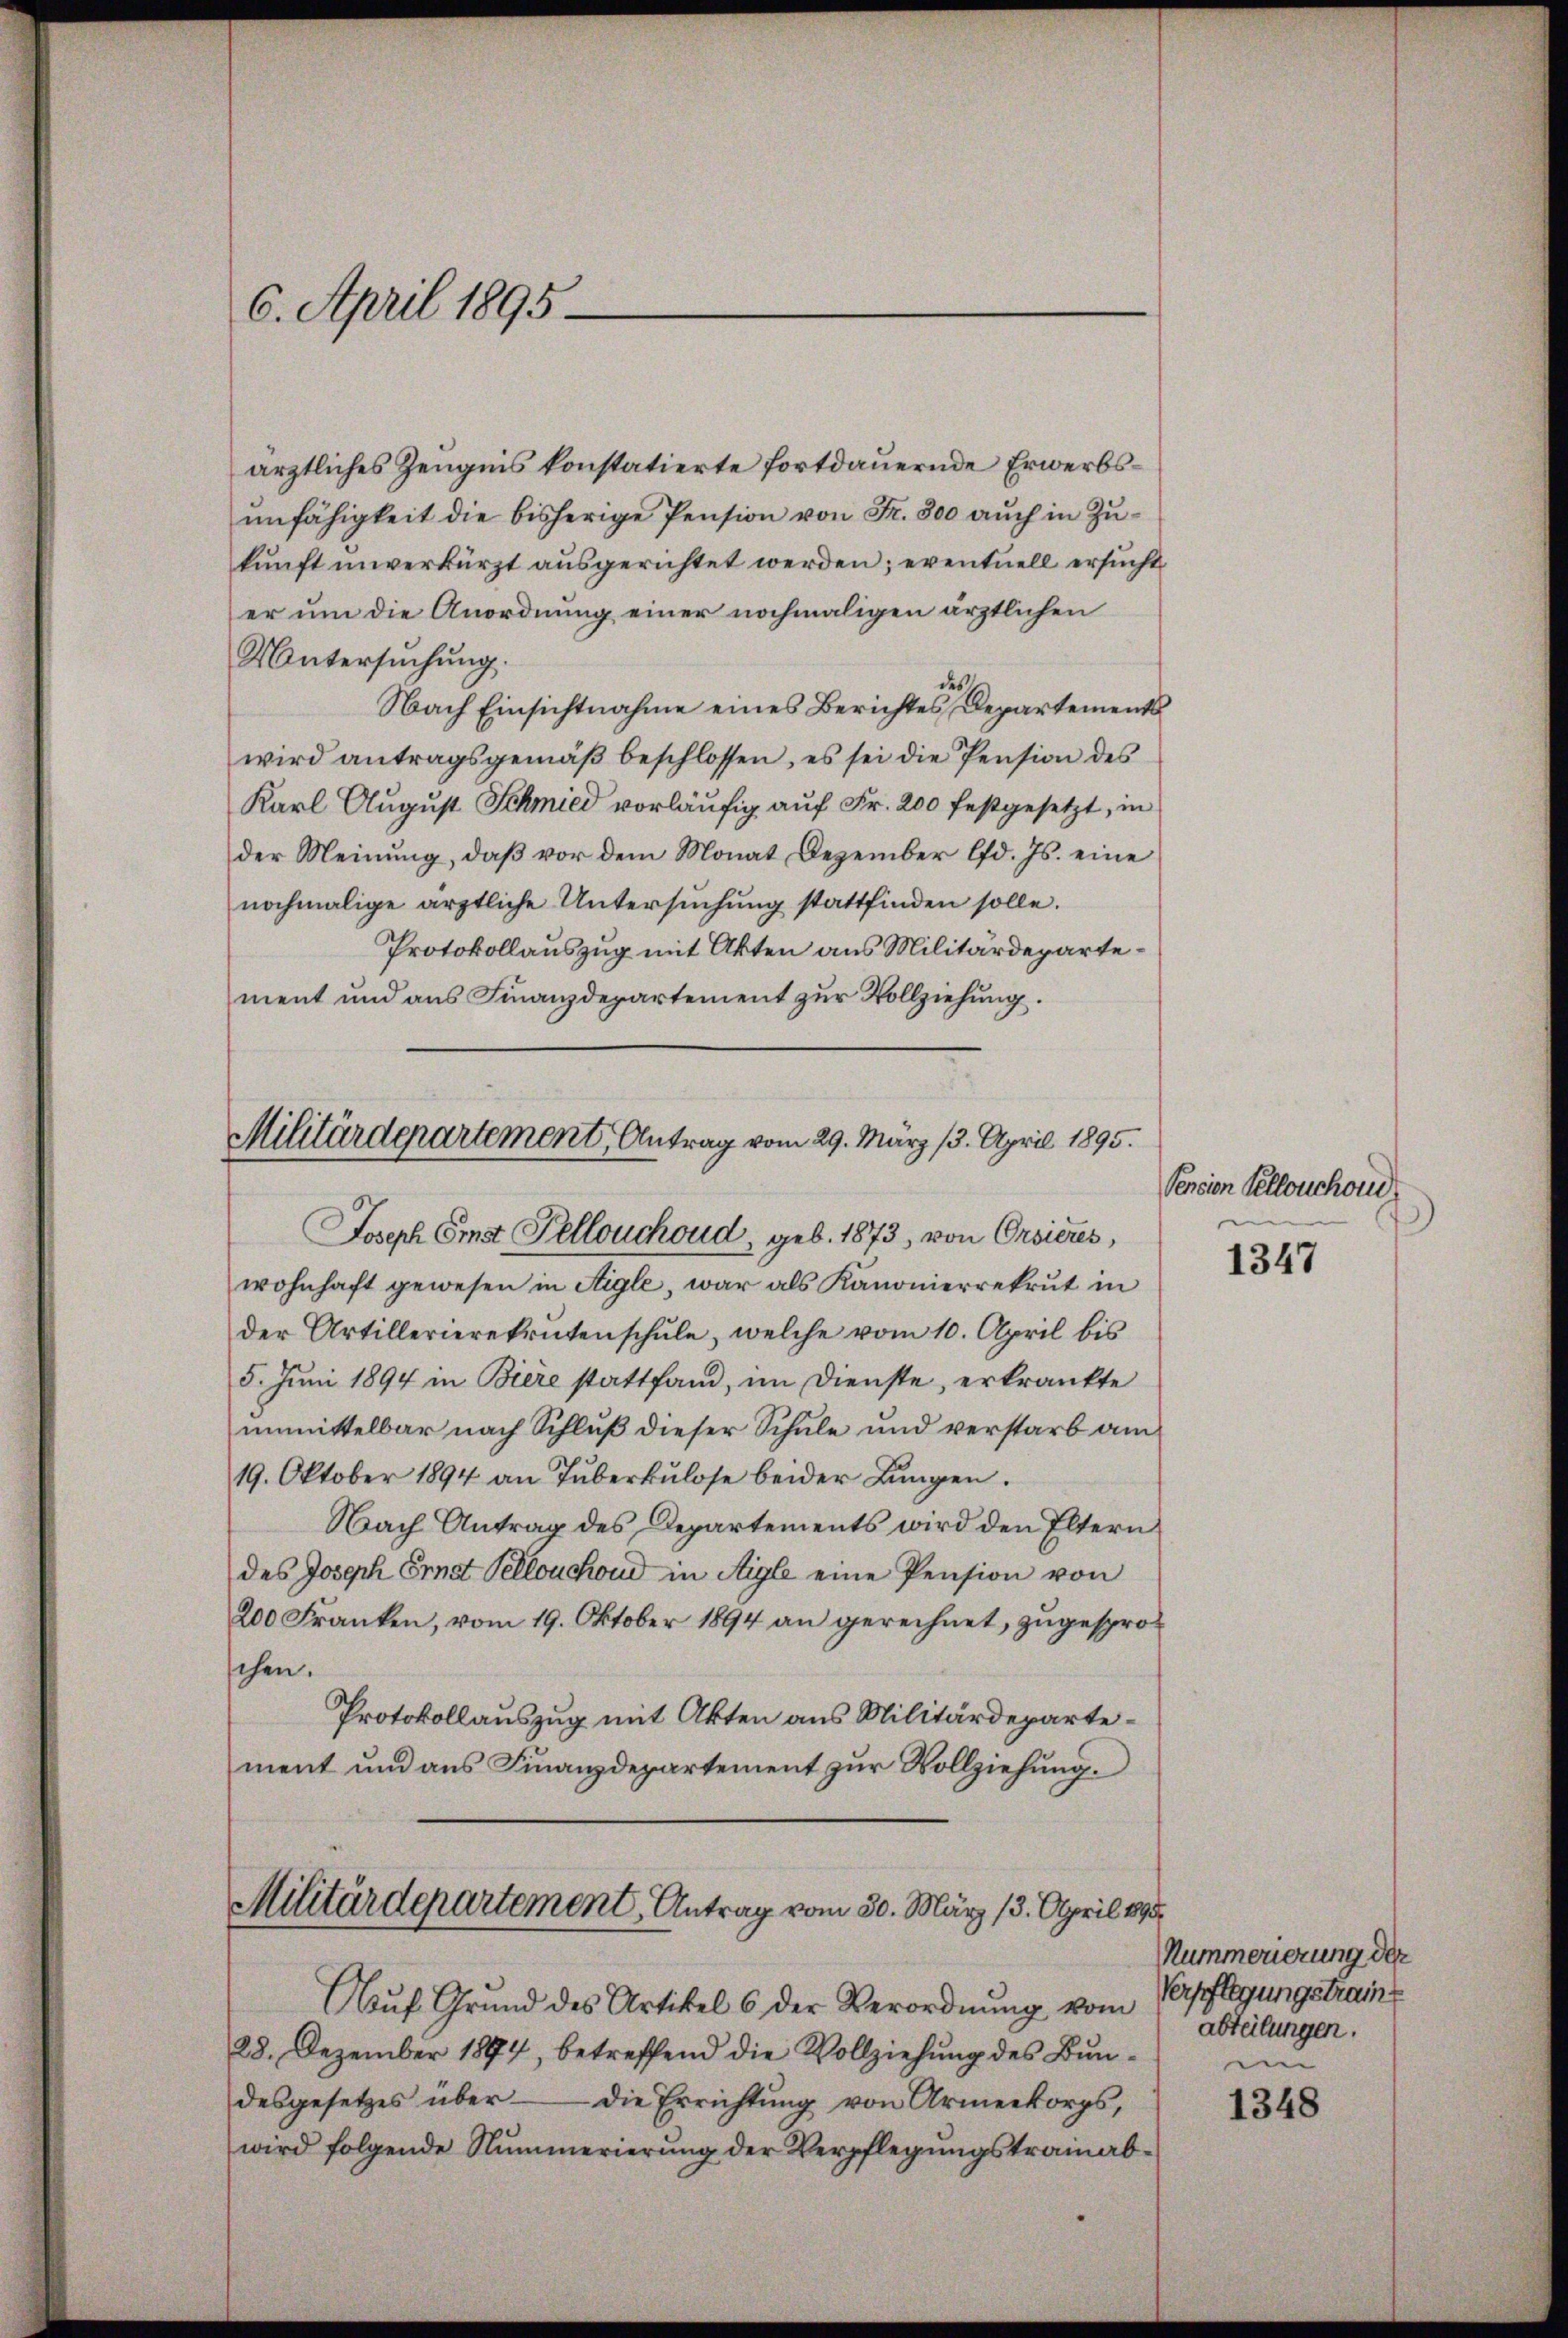
6. April 1895.

ärztliches Zeugnis konstatierte fortdauernde Erwerbsunfähigkeit die bisherige Pension von Fr. 300 auch in Zukunft unverkürzt ausgerichtet werden; eventuell ersucht
er um die Anordnung einer nochmaligen ärztlichen
Untersuchung.
es
Nach Einsichtnahme eines Berichtes Departements
wird antragsgemäβ beschlossen, es sei die Pension des
Karl August Schmied vorläŭfig auf Fr. 200 festgesetzt, in
der Meinung, daß vor dem Monat Dezember lfd. Js. eine
nochmalige ärztliche Untersŭchŭng stattfinden solle.
Protokollauszug mit Akten aus Militärdepartement und aus Finanzdepartement zur Vollziehung.

Militärdepartement, Antrag vom 29. März 13. April 1895.
Joseph Erst Pellouchoud, geb. 1873, von Orsieres,

wohnhaft gewesen in Aigle, war als Kanonierrekrut in
der Artillerierekrutenschule, welche vom 10. April bis
5. Juni 1894 in Biere stattfand, im Dienste, erkränkte
unmittelbar nach Schluß dieser Schule und verstarb am
19. Oktober 1894 an Tuberkulose beider Lungen.
Nach Antrag des Departements wird den Eltern
des Joseph Ernst Pellouchoud in Aigle eine Pension von
200 Franken, vom 19. Oktober 1894 an gerechnet, zugesproschen.
Protokollauszug mit Akten aus Militärdepartement und aus Finanzdepartement zur Vollziehung.
Militärdepartement, Antrag vom 30. März 13. April 1893

Aŭf Grund des Artikel 6 der Verordnŭng vom
28. Dezember 1894, betreffend die Vollziehung des Bundesgesetzes über die Errichtŭng von Armeekorps,
wird folgende Nummerierŭng der Verpflegŭngstramab-

Pension Cellouchoud

1347

Nummerierung der
Verpflegungstramt
abteilungen.
i

1348